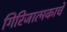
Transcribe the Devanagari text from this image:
गिरिजात्मकाचे